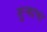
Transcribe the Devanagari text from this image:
तुऱ्याचा